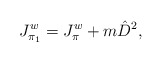
\begin{align*} J^w_{\pi_1}=J^w_{\pi}+m\hat D^2,\end{align*}